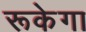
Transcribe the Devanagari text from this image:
रूकेगा